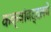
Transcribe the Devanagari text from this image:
कक्षांबद्दलचे